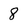
Character: 8